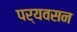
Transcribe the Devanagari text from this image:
पर्यवसन